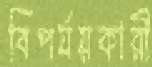
বিপর্যয়কারী